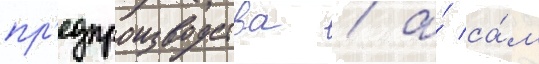
пр'едпроизводства / а́ са́м